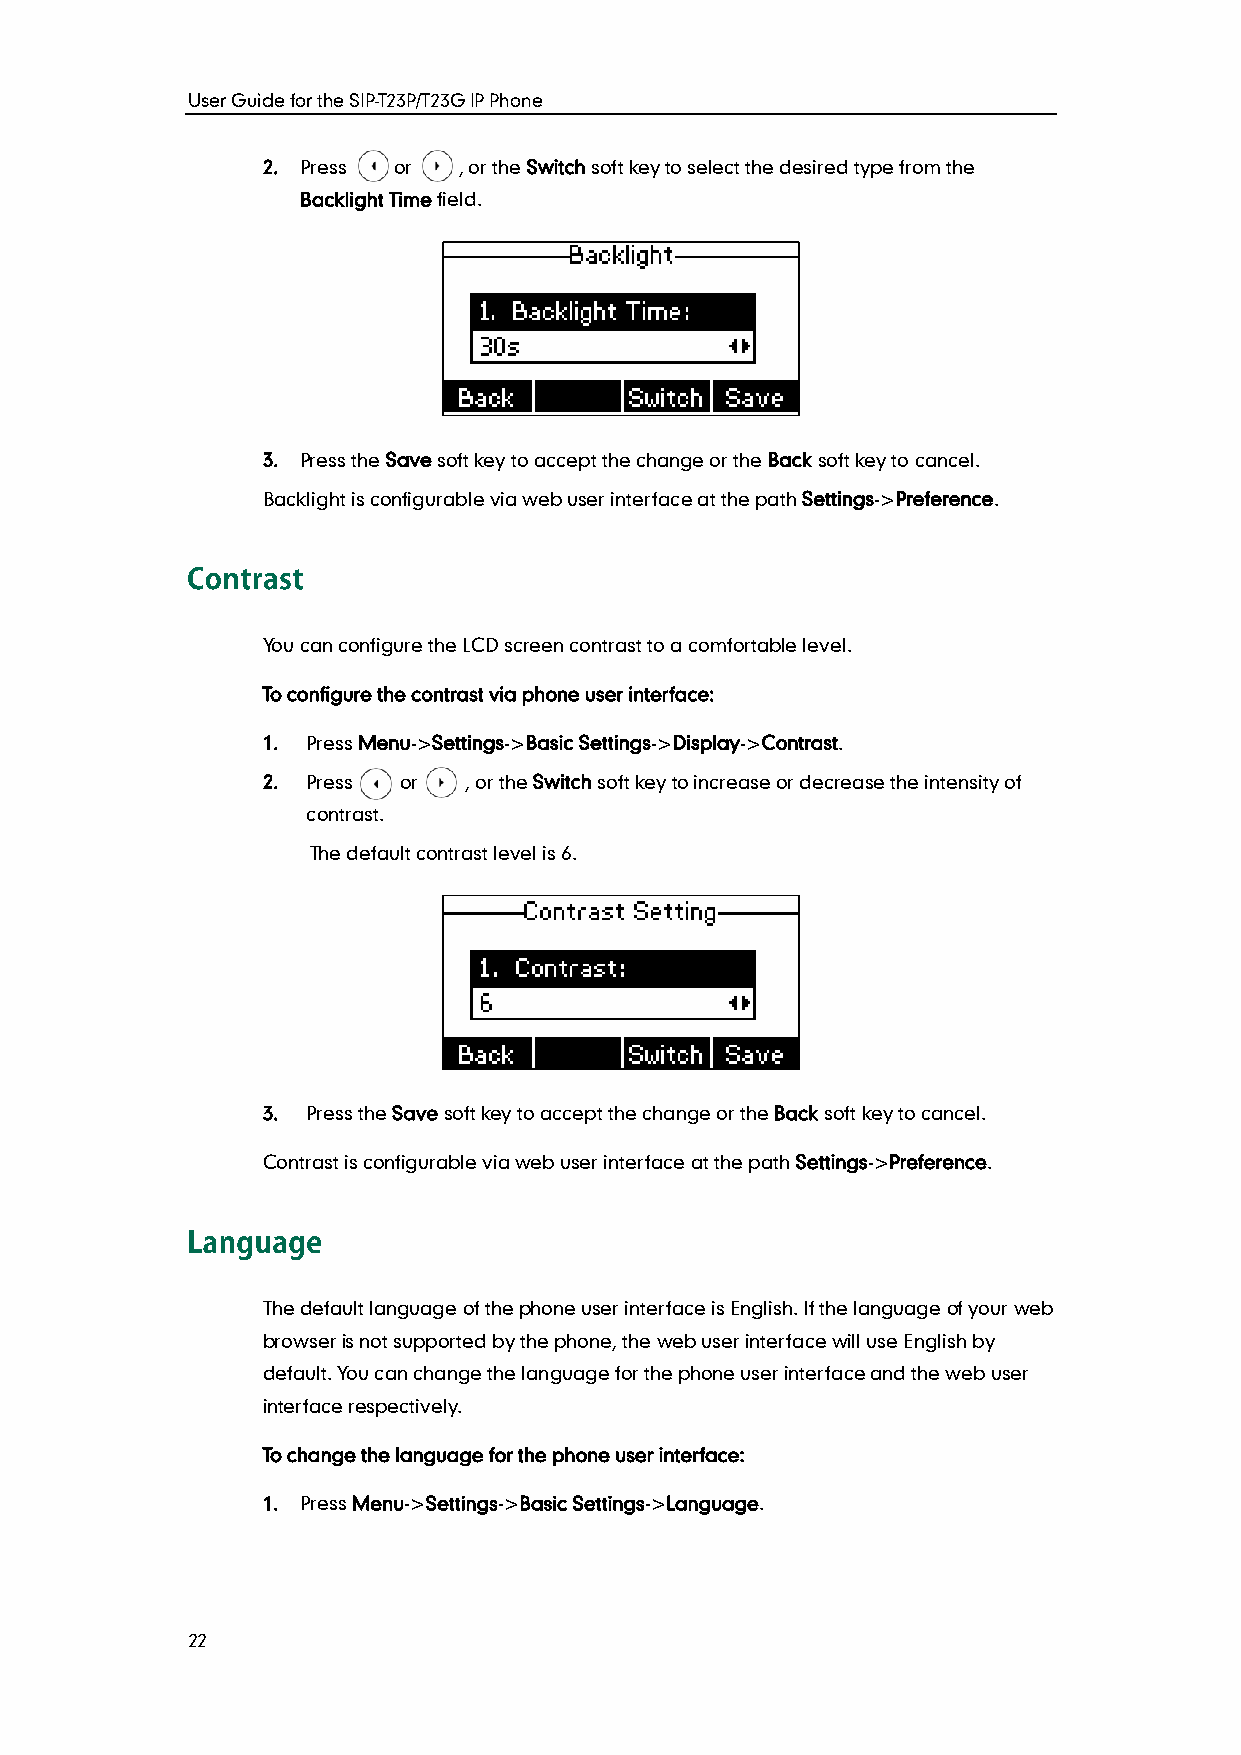
User Guide for the SIP-T23P/T23G IP Phone
 2. Press or  , or the Switch soft key to select the desired type from the
 Backlight Time field.
 3. Press the Save soft key to accept the change or the Back soft key to cancel.
 Backlight is configurable via web user interface at the path Settings->Preference.
 You can configure the LCD screen contrast to a comfortable level.
 To configure the contrast via phone user interface:
 1. Press Menu->Settings->Basic Settings->Display->Contrast.
 2. Press or   , or the Switch soft key to increase or decrease the intensity of
 contrast.
 The default contrast level is 6.
 3. Press the Save soft key to accept the change or the Back soft key to cancel.
 Contrast is configurable via web user interface at the path Settings->Preference.
 The default language of the phone user interface is English. If the language of your web
 browser is not supported by the phone, the web user interface will use English by
 default. You can change the language for the phone user interface and the web user
 interface respectively.
 To change the language for the phone user interface:
 1. Press Menu->Settings->Basic Settings->Language.
 22